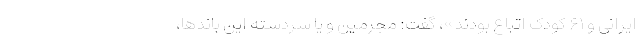
ایرانی و ۶۱ کودک اتباع بودند»، گفت: مجرمین و یا سردسته این باندها،